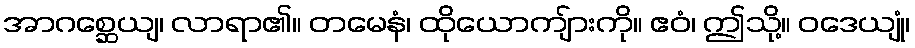
အာဂစ္ဆေယျ၊ လာရာ၏။ တမေနံ၊ ထိုယောကျ်ားကို။ ဧဝံ၊ ဤသို့။ ဝဒေယျုံ၊